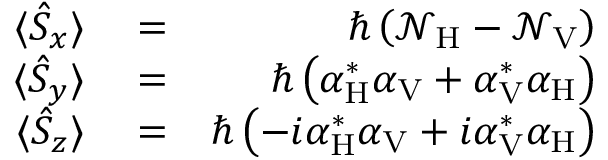
\begin{array} { r l r } { \langle \hat { S } _ { x } \rangle } & { { } = } & { \hbar \left( { \mathcal N } _ { \mathrm { H } } - { \mathcal N } _ { \mathrm { V } } \right) } \\ { \langle \hat { S } _ { y } \rangle } & { { } = } & { \hbar \left( { \alpha } _ { \mathrm { H } } ^ { * } { \alpha } _ { \mathrm { V } } + { \alpha } _ { \mathrm { V } } ^ { * } { \alpha } _ { \mathrm { H } } \right) } \\ { \langle \hat { S } _ { z } \rangle } & { { } = } & { \hbar \left( - i { \alpha } _ { \mathrm { H } } ^ { * } { \alpha } _ { \mathrm { V } } + i { \alpha } _ { \mathrm { V } } ^ { * } { \alpha } _ { \mathrm { H } } \right) } \end{array}